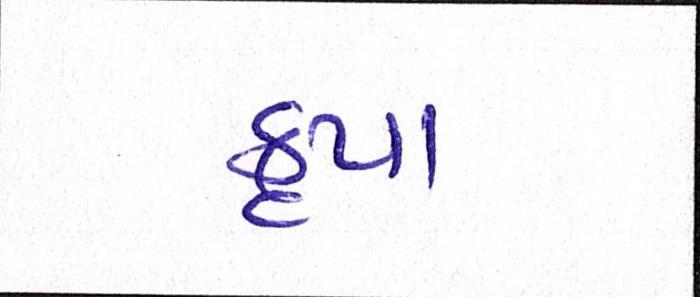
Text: કૃપા